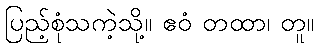
ပြည့်စုံသကဲ့သို့။ ဧဝံ တထာ၊ တူ။